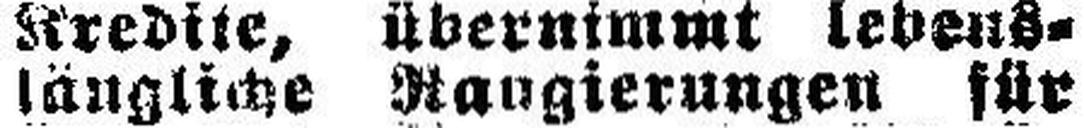
längliche Rangierungen für